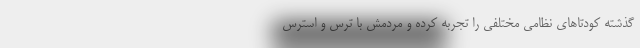
گذشته کودتاهای نظامی مختلفی را تجربه کرده و مردمش با ترس و استرس